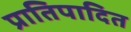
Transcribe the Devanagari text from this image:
प्रातिपादित